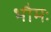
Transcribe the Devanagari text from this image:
भौमः